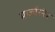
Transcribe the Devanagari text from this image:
मार्जारनेत्र